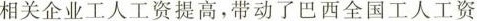
相关企业工人工资提高，带动了巴西全国工人工资